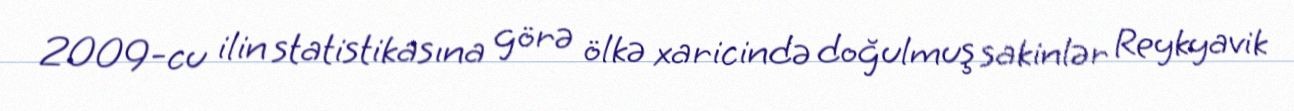
2009-cu ilin statistikasına görə ölkə xaricində doğulmuş sakinlər Reykyavik